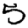
Digit: 5